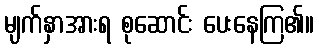
မျက်နှာအားရ စုဆောင်း ပေးနေကြ၏။